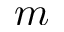
m